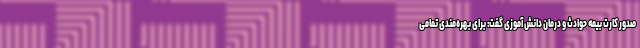
صدور کارت بیمه حوادث و درمان دانش آموزی گفت: برای بهره‌مندی تمامی